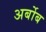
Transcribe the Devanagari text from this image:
अर्बोब